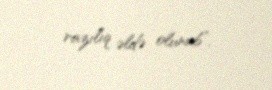
razılıq əldə olunub”.